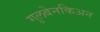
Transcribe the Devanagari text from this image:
गुलबेनकिअन